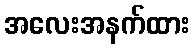
အလေးအနက်ထား